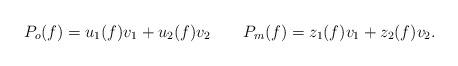
LaTeX: \begin{align*}P_o(f)=u_1(f)v_1+u_2(f)v_2 {\hskip 1em}{\hskip 1em} P_m(f)=z_1(f)v_1+z_2(f)v_2.\end{align*}